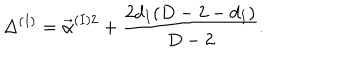
LaTeX: \Delta ^ { ( I ) } = \vec { \alpha } ^ { ( I ) 2 } + { \frac { 2 d _ { I } ( D - 2 - d _ { I } ) } { D - 2 } } .